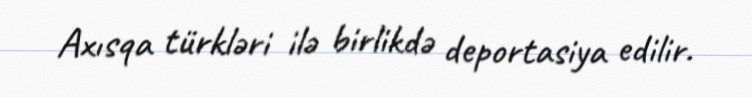
Axısqa türkləri ilə birlikdə deportasiya edilir.